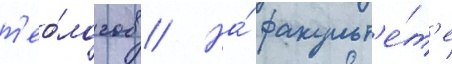
т'ео́логов // На́ факульт'е́т'е